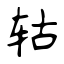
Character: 轱